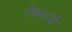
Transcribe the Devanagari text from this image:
चिररजी